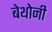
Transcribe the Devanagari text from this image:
बेथोनी